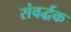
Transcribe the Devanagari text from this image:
संवर्द्धक